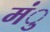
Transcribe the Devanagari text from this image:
मंु